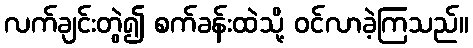
လက်ချင်းတွဲ၍ စက်ခန်းထဲသို့ ဝင်လာခဲ့ကြသည်။